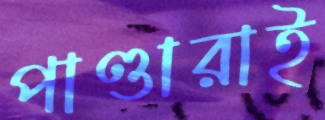
পাণ্ডারাই